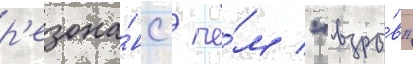
р'езона́нс / че́м "взры́в"